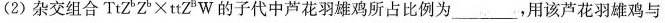
（2）杂交组合TtZ^bZ^b\times ttZ^BW的子代中芦花羽雄鸡所占比例为___，用该芦花羽雄鸡与